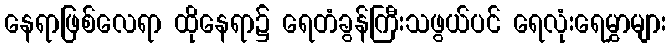
နေရာဖြစ်လေရာ ထိုနေရာ၌ ရေတံခွန်ကြီးသဖွယ်ပင် ရေလုံးရေမွှာများ